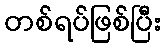
တစ်ရပ်ဖြစ်ပြီး